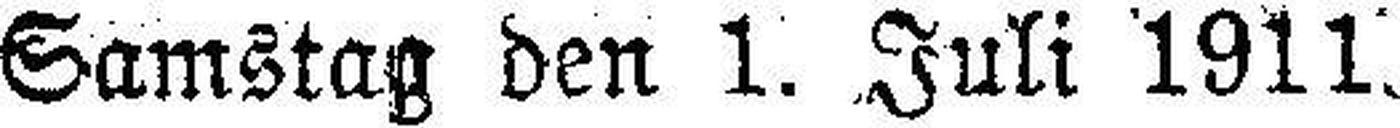
Samstag den 1. Juli 1911.